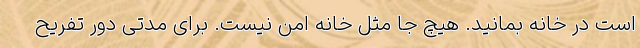
است در خانه بمانید. هیچ جا مثل خانه امن نیست. برای مدتی دور تفریح